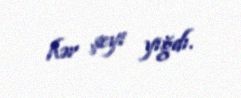
hər şeyi yığdı.